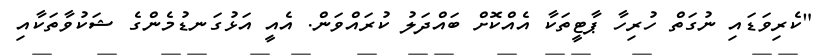
"ކެރިވަޑައި ނުގަތް ހުރިހާ ޕާޓީތަކާ އެއްކޮށް ބައްދަލު ކުރައްވަން. އެއީ އަޅުގަނޑުމެންގެ ޝަކުވާތަކާއި